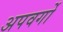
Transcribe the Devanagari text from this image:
अपवर्गो